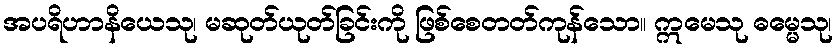
အပရိဟာနိယေသု၊ မဆုတ်ယုတ်ခြင်းကို ဖြစ်စေတတ်ကုန်သော။ ဣမေသု ဓမ္မေသု၊